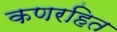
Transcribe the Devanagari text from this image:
कणरहित